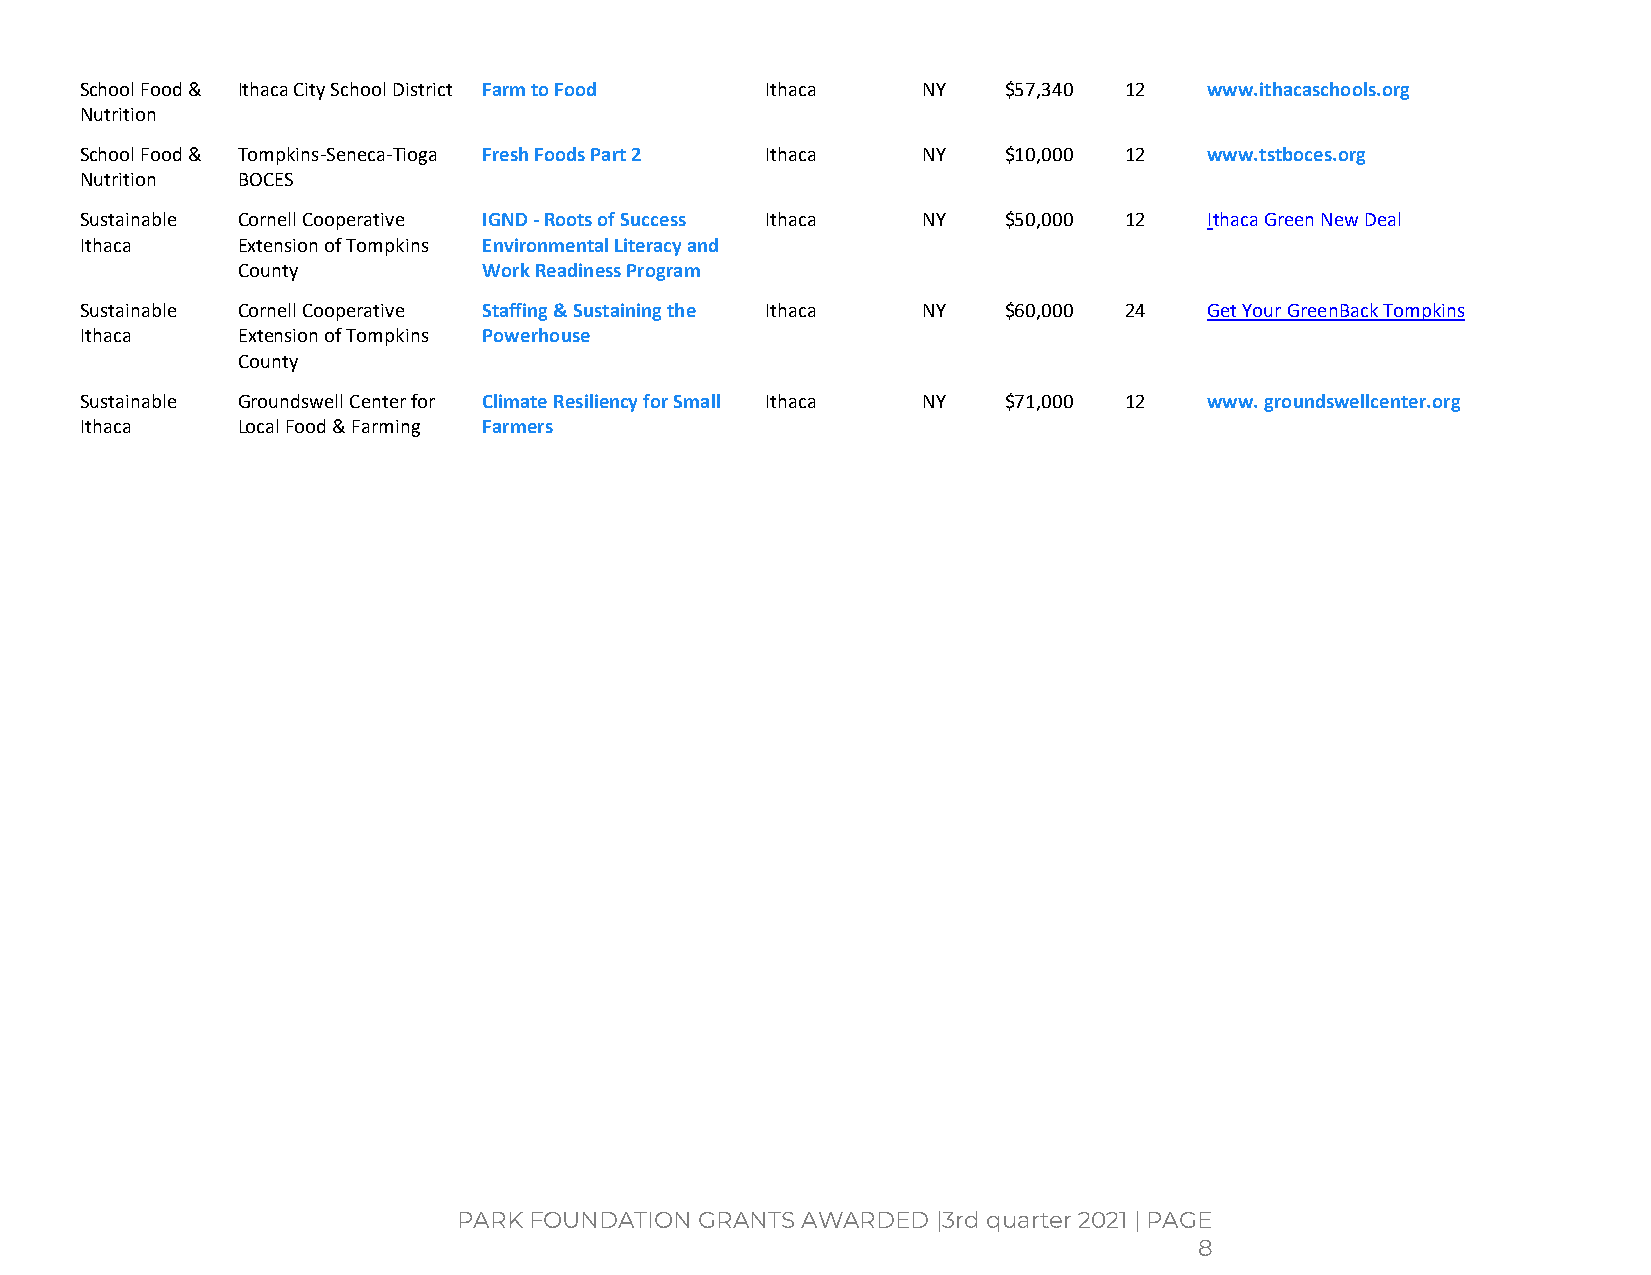
School Food & Ithaca City School District Farm to Food Ithaca NY $57,340 12 www.ithacaschools.org
 Nutrition
 School Food & Tompkins-Seneca-Tioga Fresh Foods Part 2 Ithaca NY $10,000 12 www.tstboces.org
 Nutrition  BOCES
 Sustainable Cornell Cooperative IGND - Roots of Success Ithaca NY $50,000 12 Ithaca Green New Deal
 Ithaca     Extension of Tompkins Environmental Literacy and
 County          Work Readiness Program
 Sustainable Cornell Cooperative Staffing & Sustaining the Ithaca NY $60,000 24 Get Your GreenBack Tompkins
 Ithaca     Extension of Tompkins Powerhouse
 County
 Sustainable Groundswell Center for Climate Resiliency for Small Ithaca NY $71,000 12 www. groundswellcenter.org
 Ithaca     Local Food & Farming Farmers
 PARK FOUNDATION GRANTS AWARDED  |3rd quarter 2021 | PAGE
 8